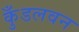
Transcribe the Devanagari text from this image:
कुँडलवन